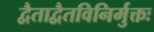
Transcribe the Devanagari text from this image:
द्वैताद्वैतविनिर्मुक्तः